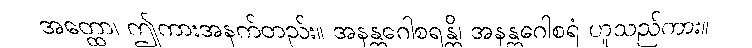
အတ္ထော၊ ဤကားအနက်တည်း။ အနန္တဂေါစရန္တိ၊ အနန္တဂေါစရံ ဟူသည်ကား။